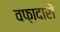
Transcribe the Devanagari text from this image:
वफ़ादारों